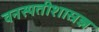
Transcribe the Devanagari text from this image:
वनस्पतीशास्रज्ञ